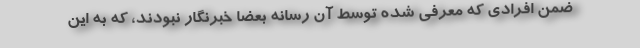
ضمن افرادی که معرفی شده توسط آن رسانه بعضا خبرنگار نبودند، که به این